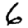
Digit: 6